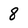
Character: 8